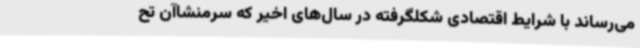
می‌رساند با شرایط اقتصادی شکلگرفته در سال‌های اخیر که سرمنشاآن تح